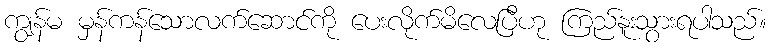
ကျွန်မ မှန်ကန်သောလက်ဆောင်ကို ပေးလိုက်မိလေပြီဟု ကြည်နူးသွားရပါသည်။